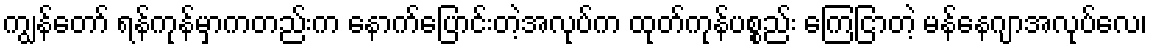
ကျွန်တော် ရန်ကုန်မှာကတည်းက နောက်ပြောင်းတဲ့အလုပ်က ထုတ်ကုန်ပစ္စည်း ကြေငြာတဲ့ မန်နေဂျာအလုပ်လေ၊